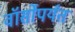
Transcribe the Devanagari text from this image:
वॉर्सोपर्यंत